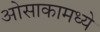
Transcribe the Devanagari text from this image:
ओसाकामध्ये